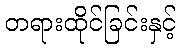
တရားထိုင်ခြင်းနှင့်